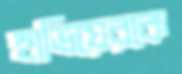
হাভিয়েরকে